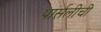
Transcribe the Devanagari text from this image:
पार्सलीची